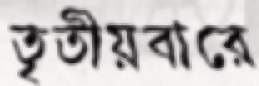
তৃতীয়বারে